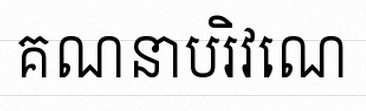
គណនាបរិវេណ